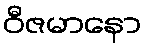
ဝီဇမာနော